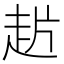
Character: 𰷲